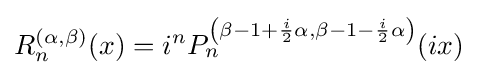
R_{n}^{(\alpha ,\beta )}(x)=i^{n}P_{n}^{\left(\beta -1+{\frac {i}{2}}\alpha ,\beta -1-{\frac {i}{2}}\alpha \right)}(ix)